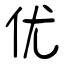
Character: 优